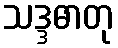
သဒ္ဒဓာတု